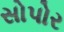
સોપોર